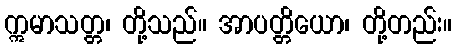
ဣမာသတ္တ၊ တို့သည်။ အာပတ္တိယော၊ တို့တည်း။